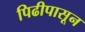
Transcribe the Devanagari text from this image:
पिढीपासून